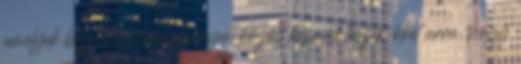
amelyek bizonyos körülmények között képessé teszik őket arra, hogy